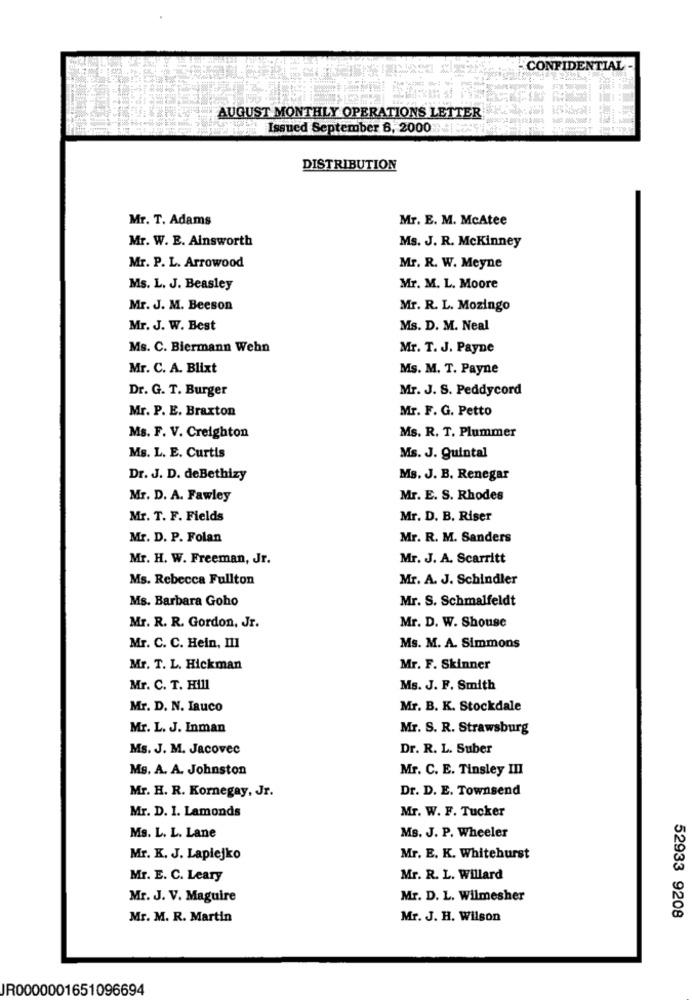
CONFIDENTIAL -
AUGUST MONTHLY OPERATIONS LETTER
Wat Issued September 6, 2000
DISTRIBUTION
Mr. T. Adams
Mr. E. M. McAtee
Mr. W. E. Ainsworth
Ms. J. R. Mckinney
Mr. P. L. Arrowood
Mr. R. W. Meyne
Ms. L. J. Beasley
Mr. M. L. Moore
Mr. J. M. Beeson
Mr. R. L. Mozingo
Mr. J. W. Best
Ms. D. M. Neal
Ms. C. Biermann Wehn
Mr. T. J. Payne
Mr. C. A. Blixt
Ms. M. T. Payne
Dr. G. T. Burger
Mr. J. S. Peddycord
Mr. P. E. Braxton
Mr. F. G. Petto
Ms. R. T. Plummer
Ms. F. V. Creighton
Ms. L. E. Curtis
Ms. J. Quintal
Dr. J. D. deBethizy
Ms. J. B. Renegar
Mr. D. A. Fawley
Mr. E. S. Rhodes
Mr. T. F. Fields
Mr. D. B. Riser
Mr. D. P. Folan
Mr. R. M. Sanders
Mr. H. W. Freeman, Jr.
Mr. J. A. Scarritt
Ms. Rebecca Fullton
Mr. A. J. Schindler
Ms. Barbara Goho
Mr. S. Schmalfeldt
Mr. D. W. Shouse
Mr. R. R. Gordon, Jr.
Mr. C. C. Hein, Ill
Ms. M. A. Simmons
Mr. T. L. Hickman
Mr. F. Skinner
Mr. C. T. Hill
Ms. J. F. Smith
Mr. D. N. Iauco
Mr. B. K. Stockdale
Mr. L. J. Inman
Mr. S. R. Strawsburg
Ms. J. M. Jacovec
Dr. R. L. Suber
Ms. A. A. Johnston
Mr. C. E. Tinsley III
Mr. H. R. Kornegay, Jr.
Dr. D. E. Townsend
Mr. D. I. Lamonds
Mr. W. F. Tucker
Ms. J. P. Wheeler
Ms. L. L. Lane
Mr. K. J. Lapiejko
Mr. E. K. Whitehurst
Mr. E. C. Leary
Mr. R. L. Willard
Mr. J. V. Maguire
Mr. D. L. Wilmesher
Mr. M. R. Martin
Mr. J. H. Wilson
52933 9208
JR0000001651096694